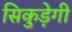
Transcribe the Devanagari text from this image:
सिकुड़ेगी